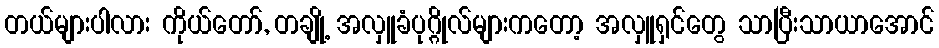
တယ်များပါလား ကိုယ်တော်, တချို့ အလှူခံပုဂ္ဂိုလ်များကတော့ အလှူရှင်တွေ သာပြီးသာယာအောင်